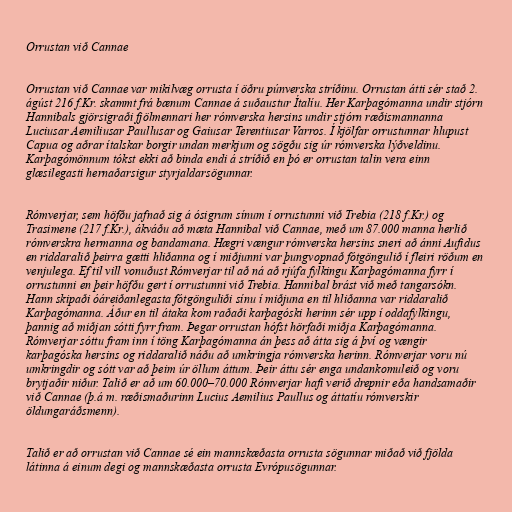
Orrustan við Cannae

Orrustan við Cannae var mikilvæg orrusta í öðru púnverska stríðinu. Orrustan átti sér stað 2.
ágúst 216 f.Kr. skammt frá bænum Cannae á suðaustur Ítalíu. Her Karþagómanna undir stjórn
Hannibals gjörsigraði fjölmennari her rómverska hersins undir stjórn ræðismannanna
Luciusar Aemiliusar Paullusar og Gaiusar Terentiusar Varros. Í kjölfar orrustunnar hlupust
Capua og aðrar ítalskar borgir undan merkjum og sögðu sig úr rómverska lýðveldinu.
Karþagómönnum tókst ekki að binda endi á stríðið en þó er orrustan talin vera einn
glæsilegasti hernaðarsigur styrjaldarsögunnar.

Rómverjar, sem höfðu jafnað sig á ósigrum sínum í orrustunni við Trebia (218 f.Kr.) og
Trasimene (217 f.Kr.), ákváðu að mæta Hannibal við Cannae, með um 87.000 manna herlið
rómverskra hermanna og bandamana. Hægri vængur rómverska hersins sneri að ánni Aufidus
en riddaralið þeirra gætti hliðanna og í miðjunni var þungvopnað fótgöngulið í fleiri röðum en
venjulega. Ef til vill vonuðust Rómverjar til að ná að rjúfa fylkingu Karþagómanna fyrr í
orrustunni en þeir höfðu gert í orrustunni við Trebia. Hannibal brást við með tangarsókn.
Hann skipaði óáreiðanlegasta fótgönguliði sínu í miðjuna en til hliðanna var riddaralið
Karþagómanna. Áður en til átaka kom raðaði karþagóski herinn sér upp í oddafylkingu,
þannig að miðjan sótti fyrr fram. Þegar orrustan hófst hörfaði miðja Karþagómanna.
Rómverjar sóttu fram inn í töng Karþagómanna án þess að átta sig á því og vængir
karþagóska hersins og riddaralið náðu að umkringja rómverska herinn. Rómverjar voru nú
umkringdir og sótt var að þeim úr öllum áttum. Þeir áttu sér enga undankomuleið og voru
brytjaðir niður. Talið er að um 60.000–70.000 Rómverjar hafi verið drepnir eða handsamaðir
við Cannae (þ.á m. ræðismaðurinn Lucius Aemilius Paullus og áttatíu rómverskir
öldungaráðsmenn).

Talið er að orrustan við Cannae sé ein mannskæðasta orrusta sögunnar miðað við fjölda
látinna á einum degi og mannskæðasta orrusta Evrópusögunnar.